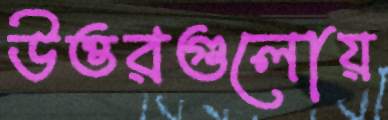
উত্তরগুলোয়